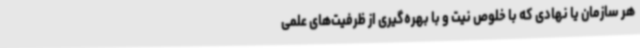
هر سازمان یا نهادی که با خلوص نیت و با بهره‌گیری از ظرفیت‌های علمی